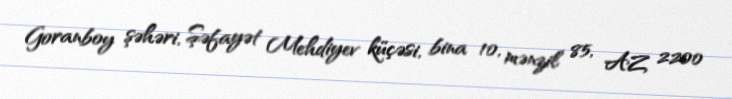
Goranboy şəhəri, Şəfayət Mehdiyev küçəsi, bina 10, mənzil 85, AZ 2200